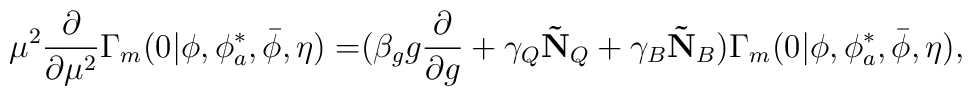
\mu^2 \frac{\partial}{\partial \mu^2} \Gamma_m(0| \phi, \phi_a^*, \bar{\phi}, \eta) = \bigr( \beta_g g \frac{\partial}{\partial g} +\gamma_Q \mathbf{\tilde{N}}_Q + \gamma_B \mathbf{\tilde{N}}_B \bigr) \Gamma_m(0| \phi, \phi_a^*, \bar{\phi}, \eta),